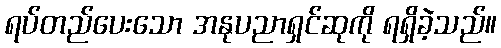
ရပ်တည်ပေးသော အနုပညာရှင်ဆုကို ရရှိခဲ့သည်။